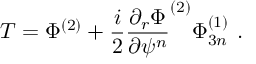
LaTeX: T = \Phi ^ { ( 2 ) } + \frac { i } { 2 } \frac { \partial _ { r } \Phi } { \partial \psi ^ { n } } ^ { ( 2 ) } \Phi _ { 3 n } ^ { ( 1 ) } \, \, .